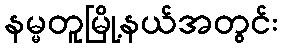
နမ္မတူမြို့နယ်အတွင်း